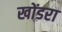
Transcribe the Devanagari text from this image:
खोंडरा